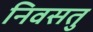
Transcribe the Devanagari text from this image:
निवसतु